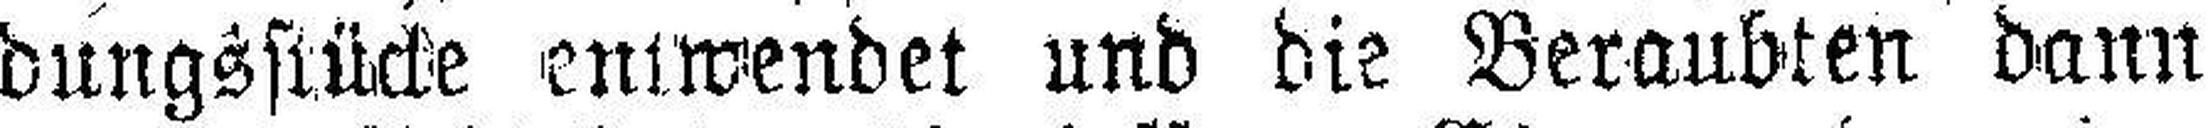
dungsstücke entwendet und die Beraubten dann